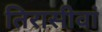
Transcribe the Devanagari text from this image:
तिरासीवां